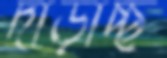
দাঁড়াচ্ছ